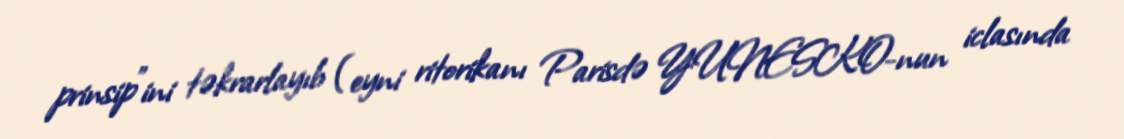
prinsip”ini təkrarlayıb (eyni ritorikanı Parisdə YUNESKO-nun iclasında